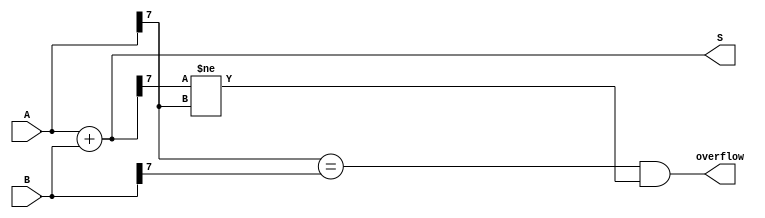
module ParametricAdder #(
    parameter N = 8  // Default parameter for bit-width
)(
    input  [N-1:0] A,  // Input operand A
    input  [N-1:0] B,  // Input operand B
    output [N-1:0] S,  // Output sum
    output          overflow // Overflow flag
);

    // Behavioral description of the adder
    assign S = A + B; // Compute the sum

    // Handling overflow: if the sum is greater than the maximum value for N bits
    assign overflow = (A[N-1] == B[N-1]) && (S[N-1] != A[N-1]);

endmodule